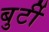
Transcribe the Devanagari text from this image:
बुर्टी